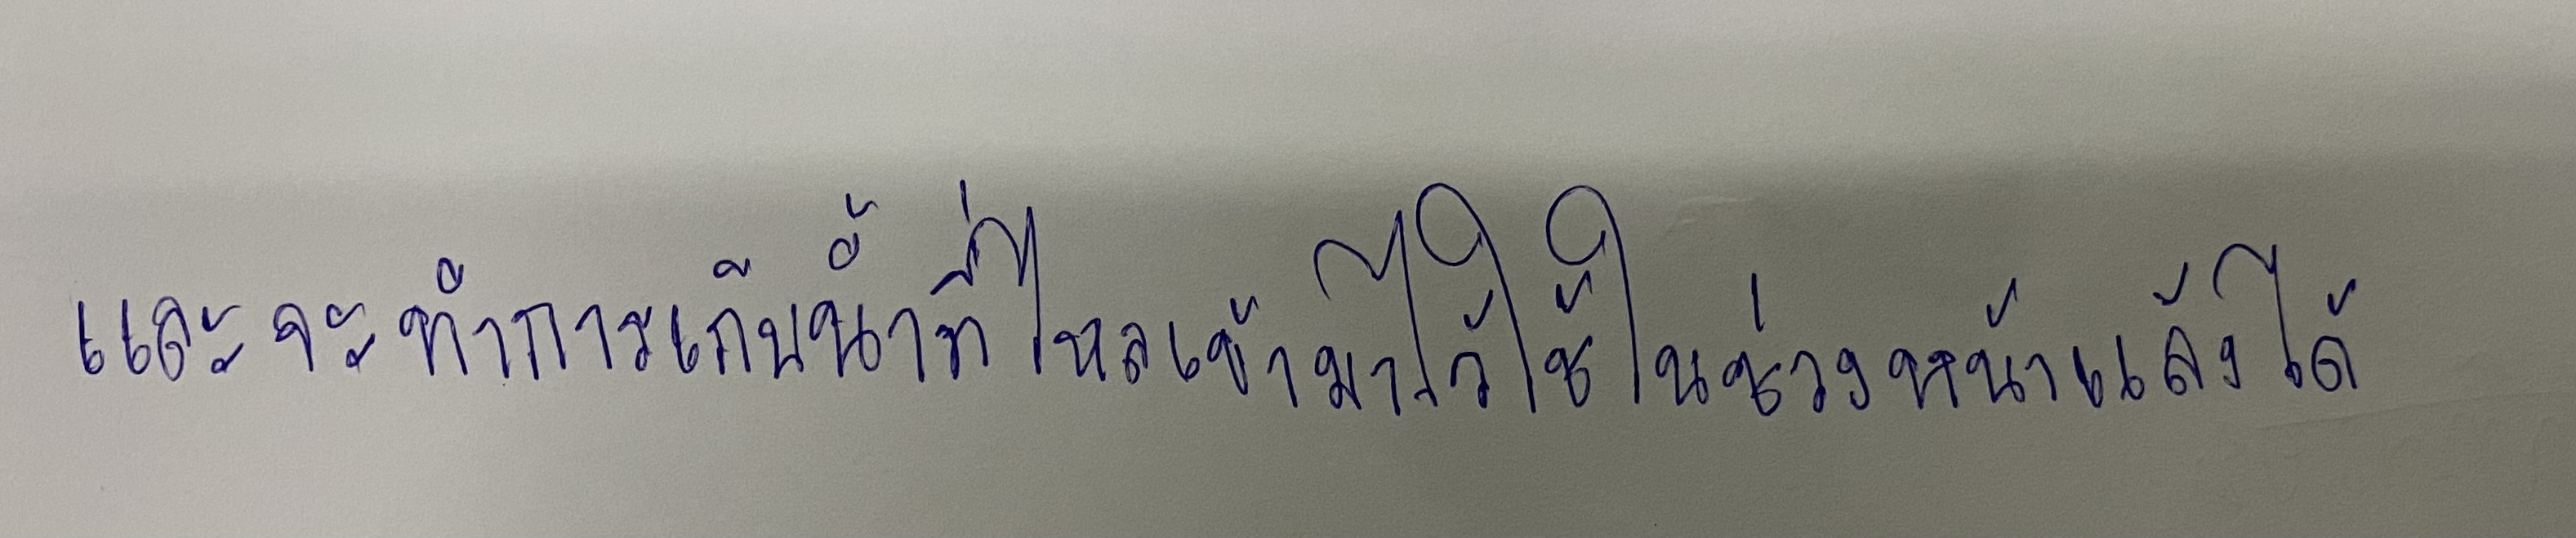
และจะทำการเก็บน้ำที่ไหลเข้ามาไว้ใช้ในช่วงหน้าแล้งได้